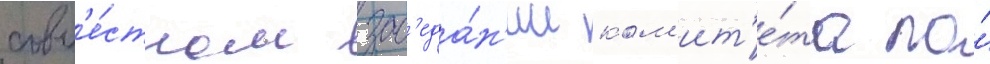
совм'е́стном зас'еда́н'ии ком'ит'е́та по́